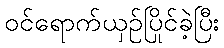
ဝင်ရောက်ယှဉ်ပြိုင်ခဲ့ပြီး